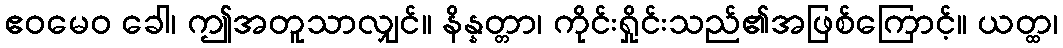
ဧဝမေဝ ခေါ၊ ဤအတူသာလျှင်။ နိန္နတ္တာ၊ ကိုင်းရှိုင်းသည်၏အဖြစ်ကြောင့်။ ယတ္ထ၊